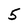
Character: 5